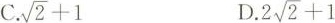
C. $$\sqrt{2}+1$$ D.2， 2 $$\sqrt{2}+1$$